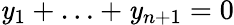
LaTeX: \mathit{y}_{1}+\ldots+\mathit{y}_{n+1}=0